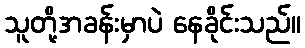
သူတို့အခန်းမှာပဲ နေခိုင်းသည်။